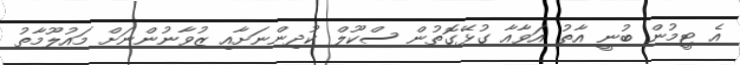
އެ ޓީމުން ބުނީ އާތު އަވާއާ ގުޅޭގޮތުން ސްކޫލް ކުދިންނަށާއި ޒުވާނުންނަށް މައުލޫމާތު